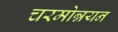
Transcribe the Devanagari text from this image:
चरमोन्नयन